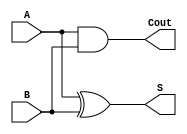
`timescale 1ns / 1ps
`default_nettype none


module half_adder(S,Cout,A,B);

    input wire A,B;
    //inputs
    wire andAB, axorb;
    //declare wirenests
    output wire S, Cout;
    
    assign Cout = A&B;
    assign S = A^B;
endmodule